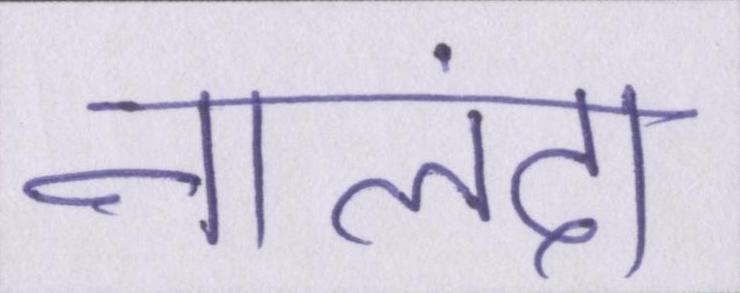
नालंदा